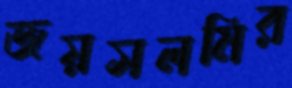
জয়সলমির